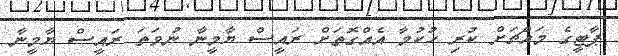
ޕާޓީގެ މައްޗަށް ކުރި ހުކުމާ އެއްގޮތަށް ރައީސް ޔާމީނާ ނުވަތަ ރައީސް ޔާމީނާ